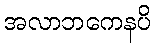
အလာဘကေနပိ